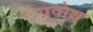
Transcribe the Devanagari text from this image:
प्रवोश